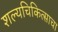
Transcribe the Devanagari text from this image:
शल्यचिकित्साचा